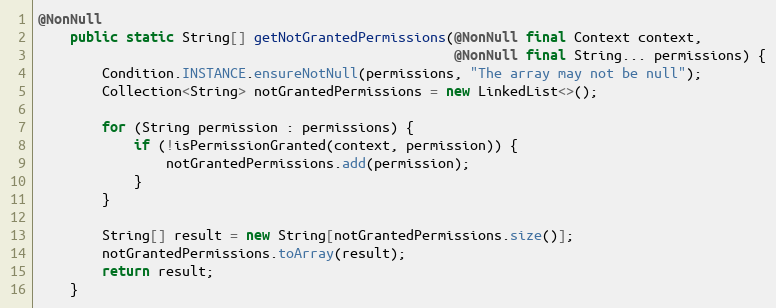
Language: Java
@NonNull
    public static String[] getNotGrantedPermissions(@NonNull final Context context,
                                                    @NonNull final String... permissions) {
        Condition.INSTANCE.ensureNotNull(permissions, "The array may not be null");
        Collection<String> notGrantedPermissions = new LinkedList<>();

        for (String permission : permissions) {
            if (!isPermissionGranted(context, permission)) {
                notGrantedPermissions.add(permission);
            }
        }

        String[] result = new String[notGrantedPermissions.size()];
        notGrantedPermissions.toArray(result);
        return result;
    }